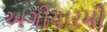
અગીયારમી